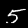
Digit: 5